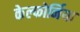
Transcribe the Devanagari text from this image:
केल्फोर्निया